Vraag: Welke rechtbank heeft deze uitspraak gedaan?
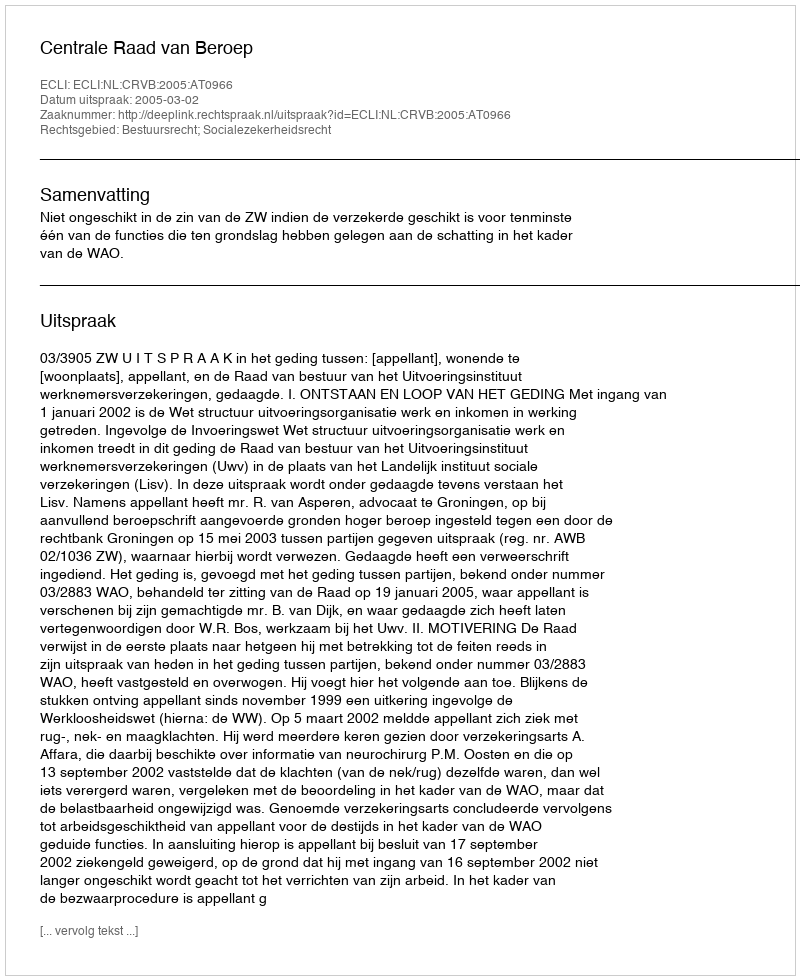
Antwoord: Centrale Raad van Beroep